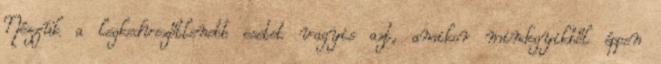
Nézzük a legkedvezőtlenebb esetet vagyis azt, amikor mindegyikből éppen